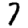
Digit: 7